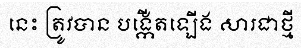
នេះ ត្រូវបាន បង្កើតឡើង សារជាថ្មី